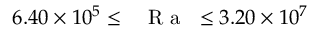
6 . 4 0 \times 1 0 ^ { 5 } \leq \mathrm { ~ \textit ~ { ~ R ~ a ~ } ~ } \leq 3 . 2 0 \times 1 0 ^ { 7 }